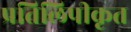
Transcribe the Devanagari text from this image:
प्रतिलिपीकृत